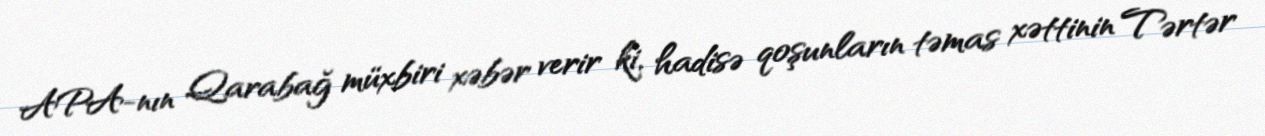
APA-nın Qarabağ müxbiri xəbər verir ki, hadisə qoşunların təmas xəttinin Tərtər